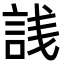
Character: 𬢣